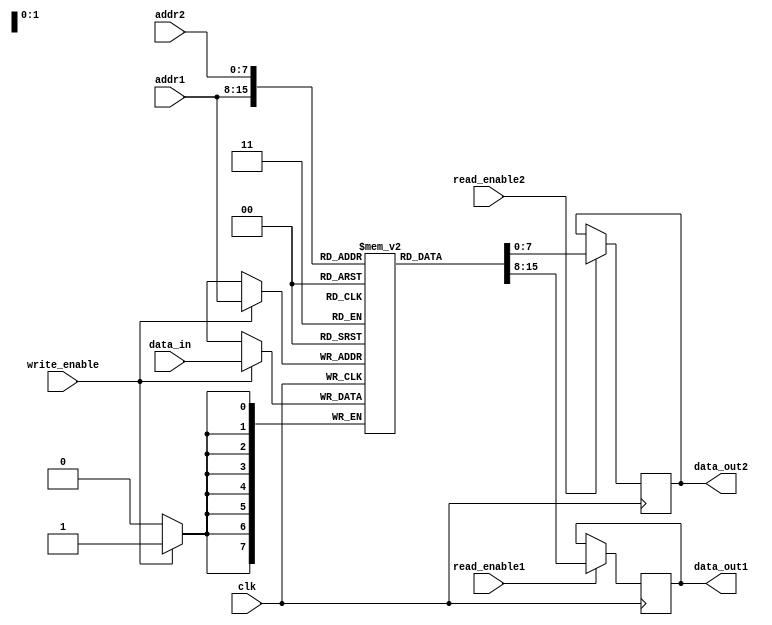
module register_file (
  input wire clk,
  input wire [7:0] addr1,
  input wire [7:0] addr2,
  input wire [7:0] data_in,
  input wire write_enable,
  input wire read_enable1,
  input wire read_enable2,
  output reg [7:0] data_out1,
  output reg [7:0] data_out2
);

reg [7:0] reg_file [255:0];

always @(posedge clk) begin
  if (write_enable) begin
    reg_file[addr1] <= data_in;
  end
end

always @(posedge clk) begin
  if (read_enable1) begin
    data_out1 <= reg_file[addr1];
  end
  if (read_enable2) begin
    data_out2 <= reg_file[addr2];
  end
end

endmodule